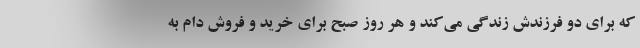
که برای دو فرزندش زندگی می‌کند و هر روز صبح برای خرید و فروش دام به